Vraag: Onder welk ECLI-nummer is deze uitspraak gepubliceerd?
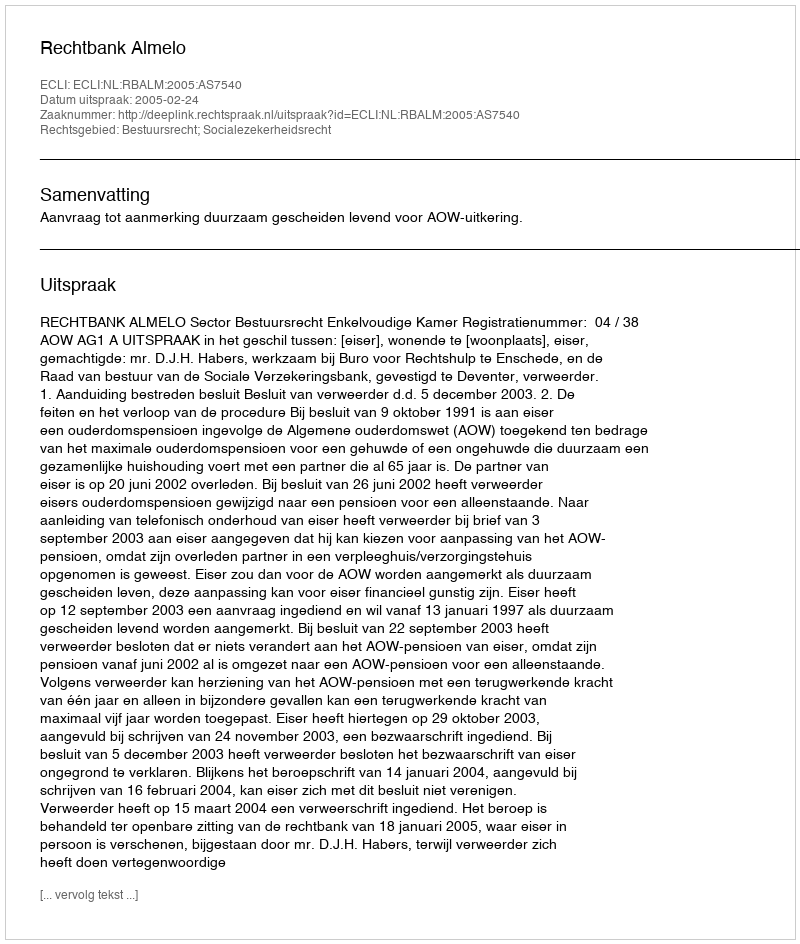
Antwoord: ECLI:NL:RBALM:2005:AS7540